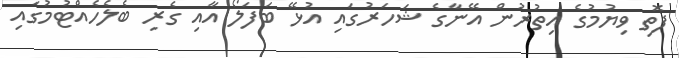
ފޮތި ވިޔުމުގެ އިތުރުން އޭނާގެ ޝަހަރުގައި އުޅޭ ބަފަލޯ އާއި ގެރި ބެލެހެއްޓުމުގައި